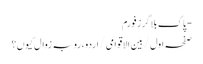
- پاک بلاگرز فورم
صفحہ اول / بین الاقوامی / اردو، رو بہ زوال کیوں؟